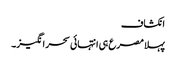
انکشاف
پہلا مصرع ہی انتہائی سحر انگیز۔